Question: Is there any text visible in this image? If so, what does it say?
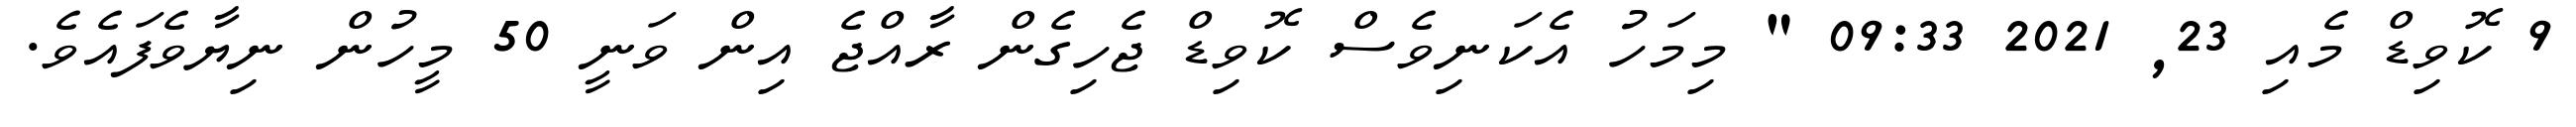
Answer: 9 ކޮވިޑް މެއި 23, 2021 09:33 " މިމަހު އެކަނިވެސް ކޮވިޑް ޖެހިގެން ރާއްޖެ އިން ވަނީ 50 މީހުން ނިޔާވެފައެވެ.